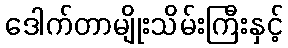
ဒေါက်တာမျိုးသိမ်းကြီးနှင့်